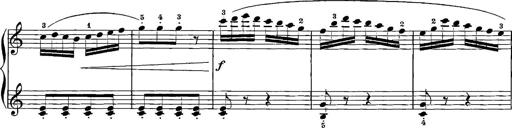
Title: 12 Sonatinas
Composer: Ignaz Pleyel